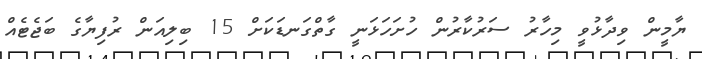
ޔާމީން ވިދާޅުވީ މިހާރު ސަރުކާރުން ހުށަހަޅަނީ ގާތްގަނޑަކަށް 15 ބިލިއަން ރުފިޔާގެ ބަޖެޓެއް